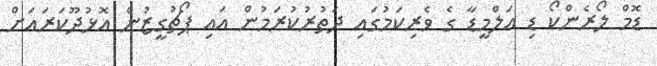
ޑޮމް ލޯރެންކޯ ޑި އަލްމީޑާ ގެ ވެރިކަމުގައި ދަތުރުކުރަމުން އައި ޕޯޗުގީޒުން އޮޅުދޫކަރައަށް